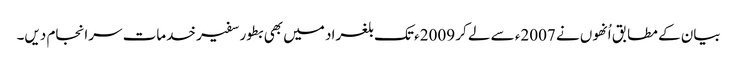
بیان کے مطابق اُنھوں نے 2007ء سے لے کر 2009ء تک بلغراد میں بھی بطور سفیر خدمات سرانجام دیں۔